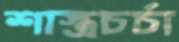
শাস্ত্রচর্চা